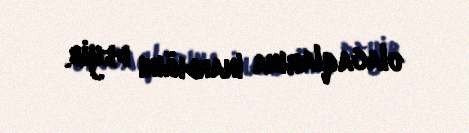
olacaqlarına inandığını deyib.